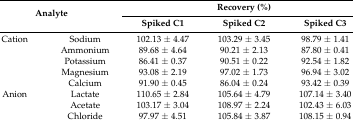
| <ROWSPAN=2-COLSPAN=2> Analyte | <COLSPAN=3> Recovery (%) |
 | Spiked C1 | Spiked C2 | Spiked C3 |
 | --- | --- | --- | --- | --- |
 | Cation | Sodium | 102.13 ± 4.47 | 103.29 ± 3.45 | 98.79 ± 1.41 |
 |  | Ammonium | 89.68 ± 4.64 | 90.21 ± 2.13 | 87.80 ± 0.41 |
 |  | Potassium | 86.41 ± 0.37 | 90.51 ± 0.22 | 92.54 ± 1.82 |
 |  | Magnesium | 93.08 ± 2.19 | 97.02 ± 1.73 | 96.94 ± 3.02 |
 |  | Calcium | 91.90 ± 0.45 | 86.04 ± 0.24 | 93.42 ± 0.39 |
 | Anion | Lactate | 110.65 ± 2.84 | 105.64 ± 4.79 | 107.14 ± 3.40 |
 |  | Acetate | 103.17 ± 3.04 | 108.97 ± 2.24 | 102.43 ± 6.03 |
 |  | Chloride | 97.97 ± 4.51 | 105.84 ± 3.87 | 108.15 ± 0.94 |